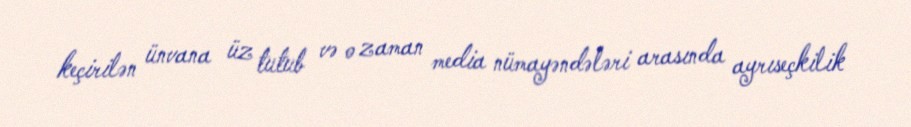
keçirilən ünvana üz tutub və o zaman media nümayəndələri arasında ayrıseçkilik